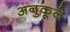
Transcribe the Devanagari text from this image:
अनुकूले